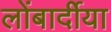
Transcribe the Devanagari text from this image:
लोंबार्दीया